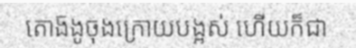
តោង៑ងូចុងក្រោយបង្អស់ ហើយក៏ជា